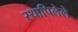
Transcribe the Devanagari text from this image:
स्थापिलेले